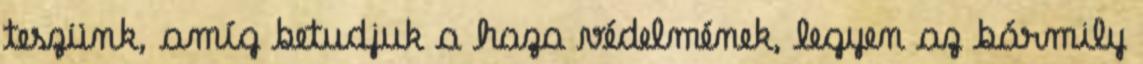
teszünk, amíg betudjuk a haza védelmének, legyen az bármily